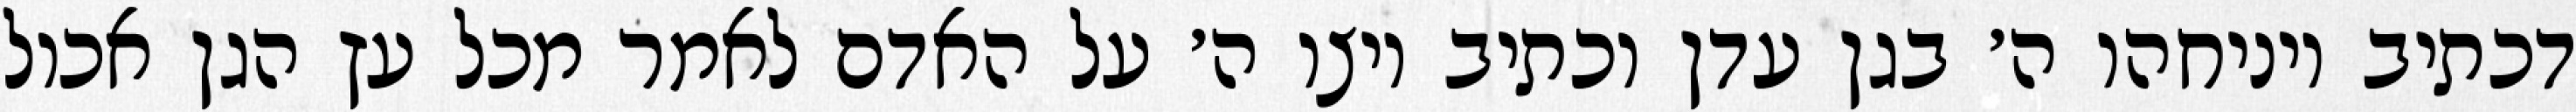
דכתיב ויניחהו ה׳ בגן עדן וכתיב ויצו ה׳ על האדם לאמר מכל עץ הגן אכול